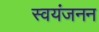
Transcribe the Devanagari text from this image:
स्वयंजनन